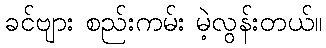
ခင်ဗျား စည်းကမ်း မဲ့လွန်းတယ်။